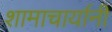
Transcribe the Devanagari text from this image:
शामाचार्यानी